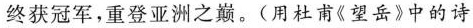
终获冠军，重登亚洲之巅。(用杜甫《望岳》中的诗